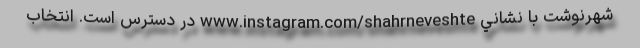
شهرنوشت با نشاني www.instagram.com/shahrneveshte در دسترس است. انتخاب